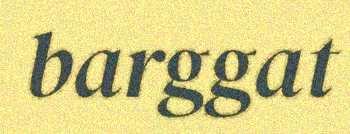
barggat